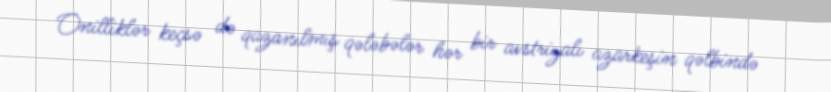
Onilliklər keçsə də qazanılmış qələbələr hər bir avstriyalı azarkeşin qəlbində